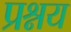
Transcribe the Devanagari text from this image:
प्रश्नय